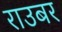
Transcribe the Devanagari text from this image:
राउबर